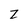
Character: z